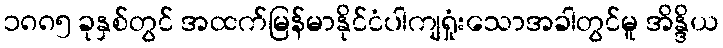
၁၈၈၅ ခုနှစ်တွင် အထက်မြန်မာနိုင်ငံပါကျရှုံးသောအခါတွင်မူ အိန္ဒိယ